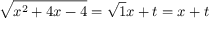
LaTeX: { \sqrt { x ^ { 2 } + 4 x - 4 } } = { \sqrt { 1 } } x + t = x + t